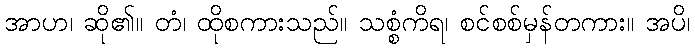
အာဟ၊ ဆို၏။ တံ၊ ထိုစကားသည်။ သစ္စံကိရ၊ စင်စစ်မှန်တကား။ အပိ၊